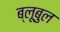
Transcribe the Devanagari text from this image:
ब्लूबुल